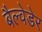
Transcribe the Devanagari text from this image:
बैल्वेडेर